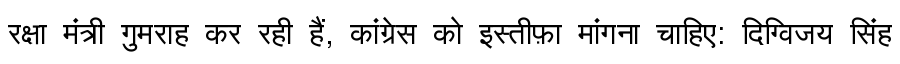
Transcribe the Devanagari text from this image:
रक्षा मंत्री गुमराह कर रही हैं, कांग्रेस को इस्तीफ़ा मांगना चाहिए: दिग्विजय सिंह